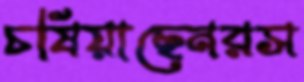
চষিয়াছেনরস